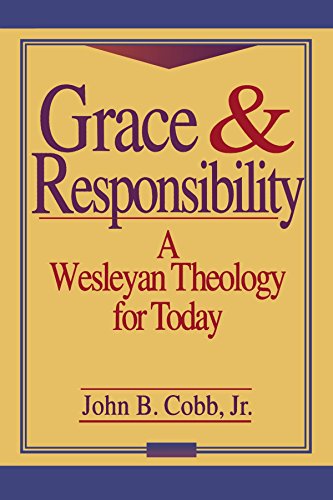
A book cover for Grace and Responsibility: A Wesleyan Theology for Today; John B. Jr. Cobb; Christian Books & Bibles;